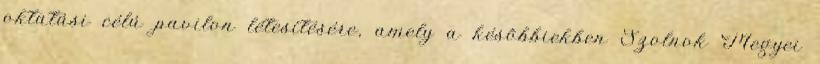
oktatási célú pavilon létesítésére, amely a késõbbiekben Szolnok Megyei